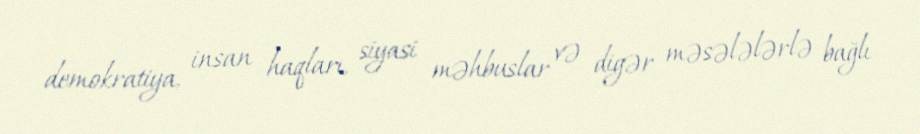
demokratiya, insan haqları, siyasi məhbuslar və digər məsələlərlə bağlı